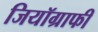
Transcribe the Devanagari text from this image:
जियॉग्राफी